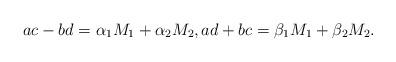
LaTeX: \begin{align*}ac-bd=\alpha_1 M_1 + \alpha_2 M_2,ad+bc=\beta_1 M_1 + \beta_2 M_2 .\end{align*}